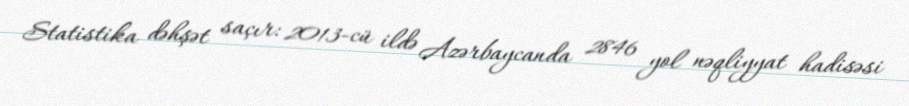
Statistika dəhşət saçır: 2013-cü ildə Azərbaycanda 2846 yol nəqliyyat hadisəsi